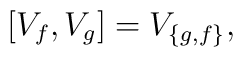
[V_f, V_g] = V_{\{g, f\}},